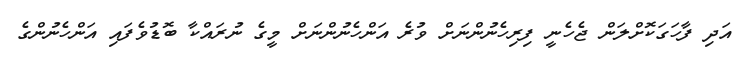
އަދި ފާހަގަކޮށްލަން ޖެހެނީ ފިރިހެނުންނަށް ވުރެ އަންހެނުންނަށް މީގެ ނުރައްކާ ބޮޑުވެފައި އަންހެނުންގެ